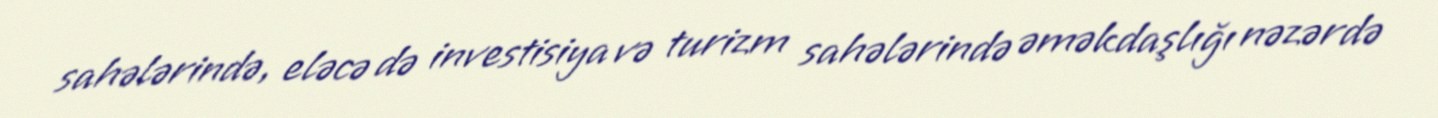
sahələrində, eləcə də investisiya və turizm sahələrində əməkdaşlığı nəzərdə